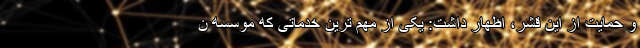
و حمایت از این قشر، اظهار داشت: یکی از مهم ترین خدماتی که موسسه ن